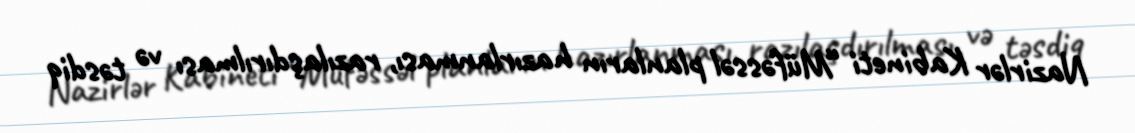
Nazirlər Kabineti “Müfəssəl planların hazırlanması, razılaşdırılması və təsdiq